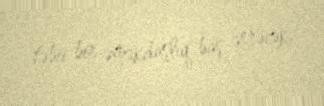
təbii bir əməkdaşlıq baş verəcək.